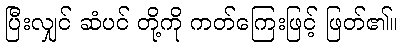
ပြီးလျှင် ဆံပင် တို့ကို ကတ်ကြေးဖြင့် ဖြတ်၏။